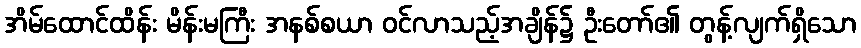
အိမ်ထောင်ထိန်း မိန်းမကြီး အနစ်စယာ ဝင်လာသည့်အချိန်၌ ဦးတော်၏ တွန့်လျက်ရှိသော